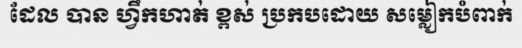
ដែល បាន ហ្វឹកហាត់ ខ្ពស់ ប្រកបដោយ សម្លៀកបំពាក់